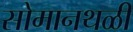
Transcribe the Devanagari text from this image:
सोमानथळी